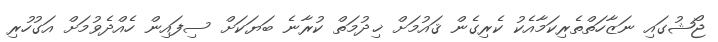
ޖޯޝުގައި ނަޒާހަތްތެރިކަމާއެކު ކެރިގެން ޤައުމަށް ޚިދުމަތް ކުރާނެ ބަޔަކަށް ސިފައިން ހެއްދެވުމަށް އަގުހުރި